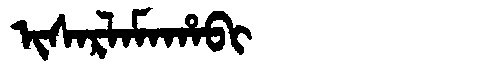
Manchu: ᡳᠰᠠᡵᠯᠠᠮᠠᡥᠠᠪᡳ
Romanization: ISARLAMAHABI